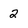
Character: 2